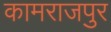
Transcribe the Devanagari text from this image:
कामराजपुर